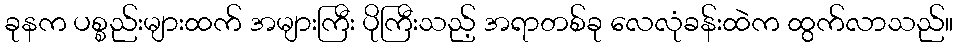
ခုနက ပစ္စည်းများထက် အများကြီး ပိုကြီးသည့် အရာတစ်ခု လေလုံခန်းထဲက ထွက်လာသည်။